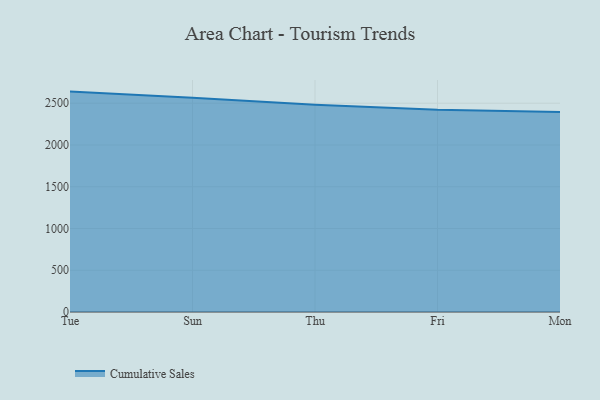
{"axis": {"x": "Day", "y": "Satisfaction Score"}, "legend": ["Cumulative Sales"], "data": [{"x": "Tue", "y": 2639.2, "type": "Cumulative Sales"}, {"x": "Sun", "y": 2565.0, "type": "Cumulative Sales"}, {"x": "Thu", "y": 2481.6, "type": "Cumulative Sales"}, {"x": "Fri", "y": 2420.8, "type": "Cumulative Sales"}, {"x": "Mon", "y": 2395.6, "type": "Cumulative Sales"}]}